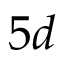
5 d